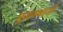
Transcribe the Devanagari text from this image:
मूळस्थानी